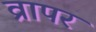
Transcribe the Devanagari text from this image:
व्रापर